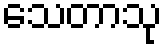
သေတာသု